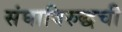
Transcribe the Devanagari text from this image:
संघाविरुद्धची